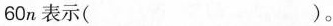
60n表示()。